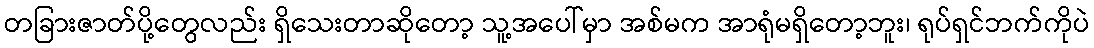
တခြားဇာတ်ပို့တွေလည်း ရှိသေးတာဆိုတော့ သူ့အပေါ်မှာ အစ်မက အာရုံမရှိတော့ဘူး၊ ရုပ်ရှင်ဘက်ကိုပဲ